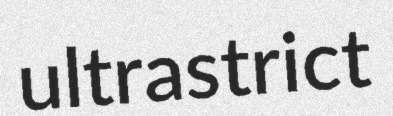
ultrastrict